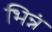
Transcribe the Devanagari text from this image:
भिन्नं